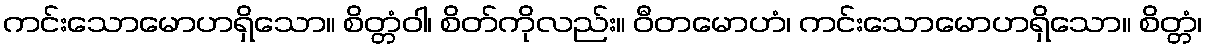
ကင်းသောမောဟရှိသော။ စိတ္တံဝါ၊ စိတ်ကိုလည်း။ ဝီတမောဟံ၊ ကင်းသောမောဟရှိသော။ စိတ္တံ၊